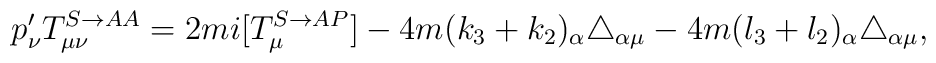
p^{\prime}_\nu T^{S\rightarrow AA}_{\mu\nu}=2mi[T^{S\rightarrow AP}_\mu]-4m(k_3+k_2)_\alpha \triangle_{\alpha\mu}- 4m(l_3+l_2)_\alpha\triangle_{\alpha\mu},